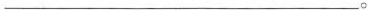
___。